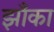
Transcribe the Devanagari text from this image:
झॉँका